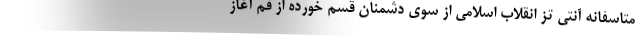
متاسفانه آنتی تز انقلاب اسلامی از سوی دشمنان قسم خورده از قم آغاز